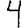
Digit: 4